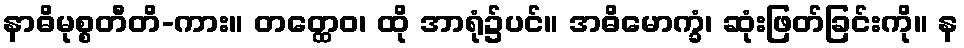
နာဓိမုစ္စတီတိ-ကား။ တတ္ထေဝ၊ ထို အာရုံ၌ပင်။ အဓိမောက္ခံ၊ ဆုံးဖြတ်ခြင်းကို။ န